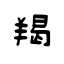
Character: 羯